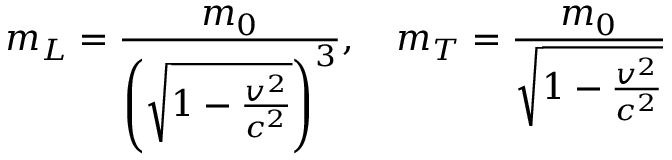
m _ { L } = { \frac { m _ { 0 } } { \left( { \sqrt { 1 - { \frac { v ^ { 2 } } { c ^ { 2 } } } } } \right) ^ { 3 } } } , \quad m _ { T } = { \frac { m _ { 0 } } { \sqrt { 1 - { \frac { v ^ { 2 } } { c ^ { 2 } } } } } }